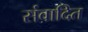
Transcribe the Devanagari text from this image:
संवादित